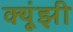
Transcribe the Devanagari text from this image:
क्यूंझी